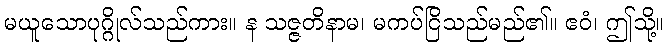
မယူသောပုဂ္ဂိုလ်သည်ကား။ န သဇ္ဇတိနာမ၊ မကပ်ငြိသည်မည်၏။ ဧဝံ၊ ဤသို့။